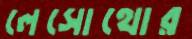
লেসোথোর